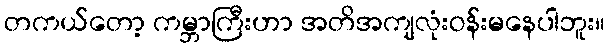
တကယ်တော့ ကမ္ဘာကြီးဟာ အတိအကျလုံးဝန်းမနေပါဘူး။